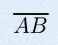
\overline{AB}